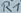
Text: R1